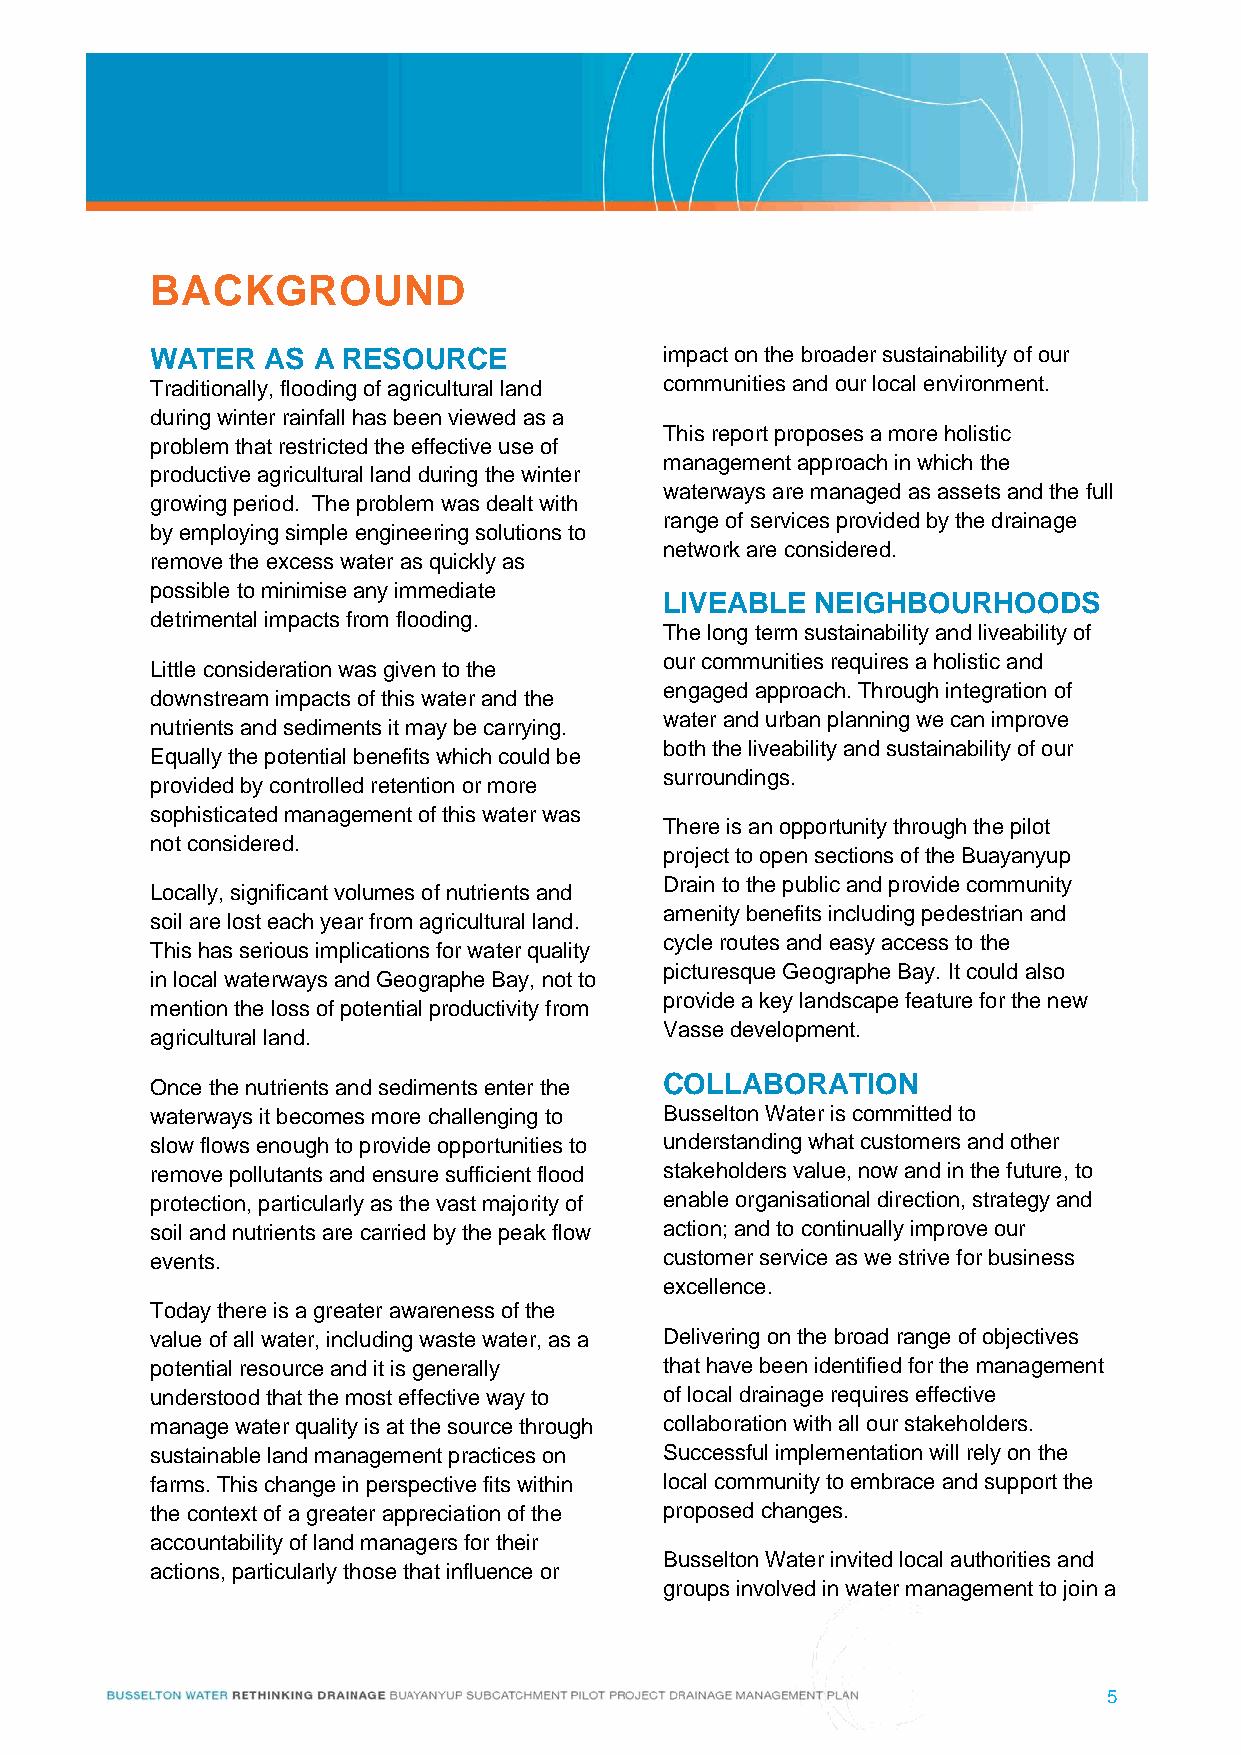
BACKGROUND
 WATER   AS A RESOURCE             impact on the broader sustainability of our
 Traditionally, flooding of agricultural land communities and our local environment.
 during winter rainfall has been viewed as a
 This report proposes a more holistic
 problem that restricted the effective use of
 management approach in which the
 productive agricultural land during the winter
 waterways are managed as assets and the full
 growing period. The problem was dealt with
 range of services provided by the drainage
 by employing simple engineering solutions to
 network are considered.
 remove the excess water as quickly as
 possible to minimise any immediate
 LIVEABLE  NEIGHBOURHOODS
 detrimental impacts from flooding.
 The long term sustainability and liveability of
 our communities requires a holistic and
 Little consideration was given to the
 engaged approach. Through integration of
 downstream impacts of this water and the
 water and urban planning we can improve
 nutrients and sediments it may be carrying.
 both the liveability and sustainability of our
 Equally the potential benefits which could be
 surroundings.
 provided by controlled retention or more
 sophisticated management of this water was
 There is an opportunity through the pilot
 not considered.
 project to open sections of the Buayanyup
 Drain to the public and provide community
 Locally, significant volumes of nutrients and
 amenity benefits including pedestrian and
 soil are lost each year from agricultural land.
 cycle routes and easy access to the
 This has serious implications for water quality
 picturesque Geographe Bay. It could also
 in local waterways and Geographe Bay, not to
 provide a key landscape feature for the new
 mention the loss of potential productivity from
 Vasse development.
 agricultural land.
 COLLABORATION
 Once the nutrients and sediments enter the
 waterways it becomes more challenging to Busselton Water is committed to
 slow flows enough to provide opportunities to understanding what customers and other
 remove pollutants and ensure sufficient flood stakeholders value, now and in the future, to
 protection, particularly as the vast majority of enable organisational direction, strategy and
 soil and nutrients are carried by the peak flow action; and to continually improve our
 events.                           customer service as we strive for business
 excellence.
 Today there is a greater awareness of the
 value of all water, including waste water, as a Delivering on the broad range of objectives
 potential resource and it is generally that have been identified for the management
 understood that the most effective way to of local drainage requires effective
 manage water quality is at the source through collaboration with all our stakeholders.
 sustainable land management practices on Successful implementation will rely on the
 farms. This change in perspective fits within local community to embrace and support the
 the context of a greater appreciation of the proposed changes.
 accountability of land managers for their
 Busselton Water invited local authorities and
 actions, particularly those that influence or
 groups involved in water management to join a
 5